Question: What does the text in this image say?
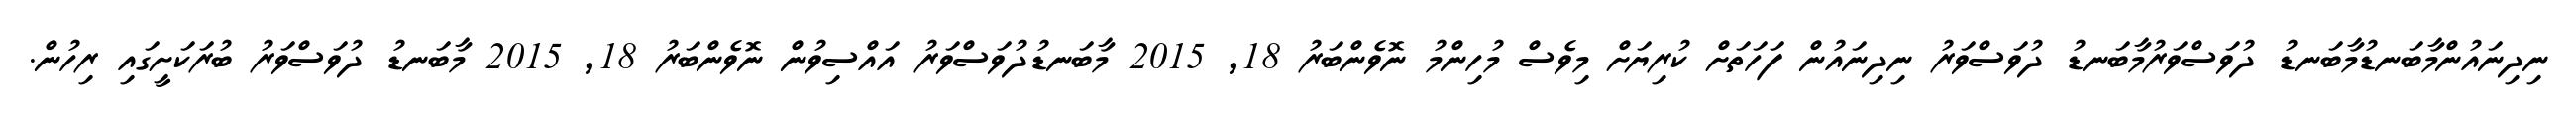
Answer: ނިދިނައުންމާބަނޑުމާބަނޑު ދުވަސްވަރުމާބަނޑު ދުވަސްވަރު ނިދިނައުން ފަހަތަށް ކުރިޔަށް މިވެސް މުހިންމު ނޮވެންބަރު 18, 2015 މާބަނޑުދުވަސްވަރު އައްސިވުން ނޮވެންބަރު 18, 2015 މާބަނޑު ދުވަސްވަރު ބުރަކަށީގައި ރިހުން.